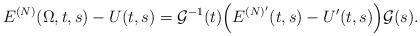
LaTeX: \begin{align*}E^{(N)}(\Omega,t,s)-U(t,s)=\mathcal{G}^{-1}(t)\Big(E^{(N)'}(t,s)-U'(t,s)\Big)\mathcal{G}(s).\end{align*}